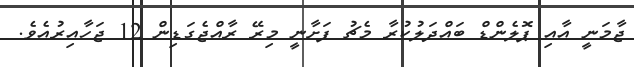
ޖާމަނީ އާއި ޕޮލެންޑް ބައްދަލުކުރާ މެޗު ފަށާނީ މިރޭ ރާއްޖެގަޑިން 12 ޖަހާއިރުއެވެ.